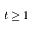
t \ge 1